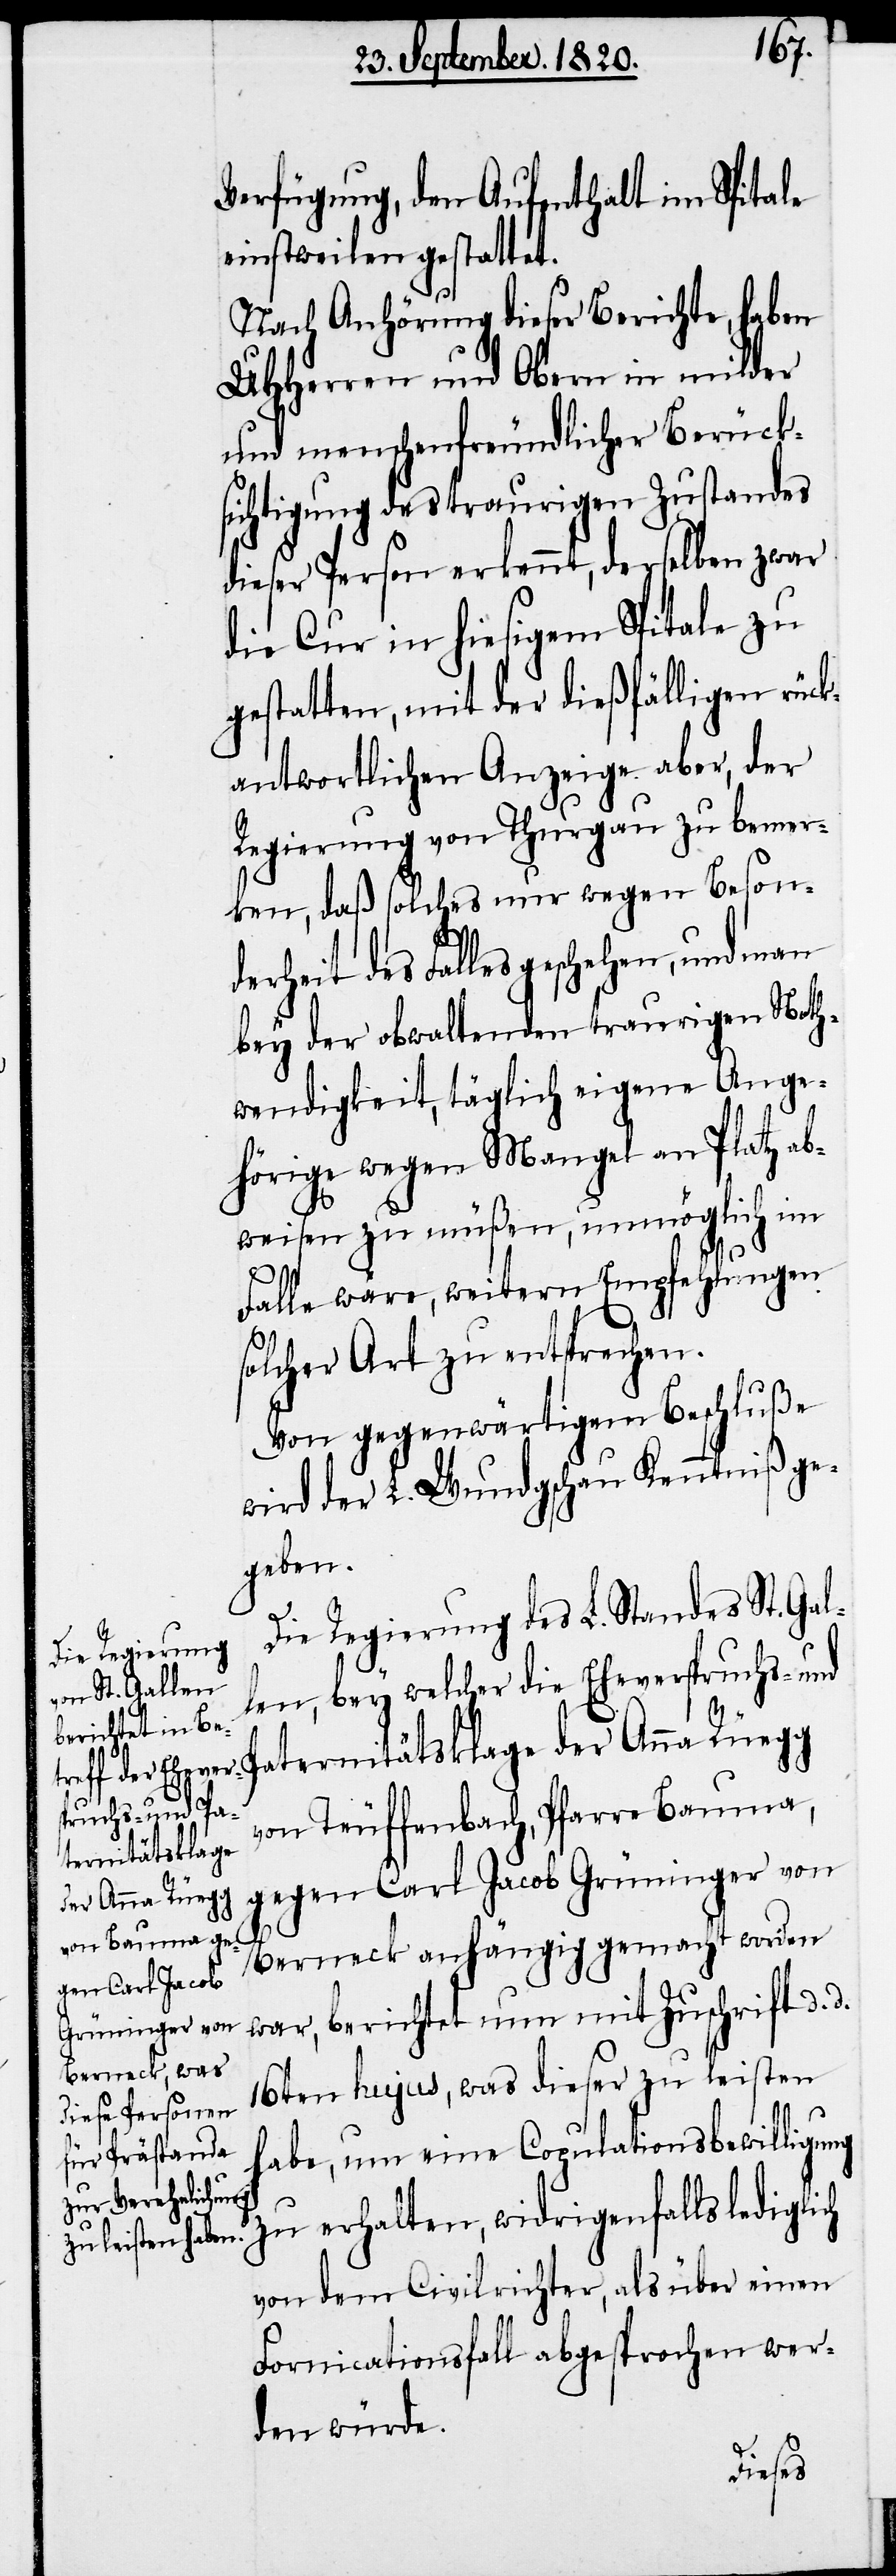
Verfügung, den Aufenthalt im Spitale
einstweilen gestattet.
Nach Anhörung dieser Berichte, haben
UHHerren und Obern in milder
und menschenfreundlicher Berück¬
sichtigung des traurigen Zustandes
dieser Person erkennt, derselben zwar
die Cur in hiesigem Spitale zu
gestatten, mit der dießfälligen rück¬
antwortlichen Anzeige aber, der
Regierung von Thurgau zu bemer¬
ken, daß solches nur wegen Besond¬
erheit des Falles geschehen, und man
bey der obwaltenden traurigen Noth¬
wendigkeit, täglich eigene Ange¬
hörige wegen Mangel an Platz ab¬
weisen zu müßen, unmöglich im
Falle wäre, weitere Empfehlungen
solcher Art zu entsprechen.
Von gegenwärtigem Beschluße
wird der L. Wundschau Kenntniß ge¬
geben.
Pa¬
Die Regierung des L. Standes St. Gal¬
len, bey welcher die Eheverspruchs-und
von Teuffenbach, Pfarre Bauma,
ternitätsklage
gegen Carl Jacob Grüninger von
der Anna Rüegg
d.
Berneck anhängig gemacht worden
war, berichtet nun mit Zuschrift d.
16ten hujus, was dieser zu leisten
habe, um eine Copulationsbewilligung
zu erhalten, widrigenfalls lediglich
von dem Civilrichter, als über einen
Fornicationsfall abgesprochen wer¬
den würde.